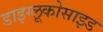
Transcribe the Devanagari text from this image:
डाइग्लूकोसाइड